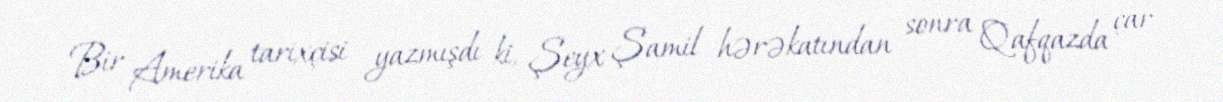
Bir Amerika tarixçisi yazmışdı ki, Şeyx Şamil hərəkatından sonra Qafqazda çar